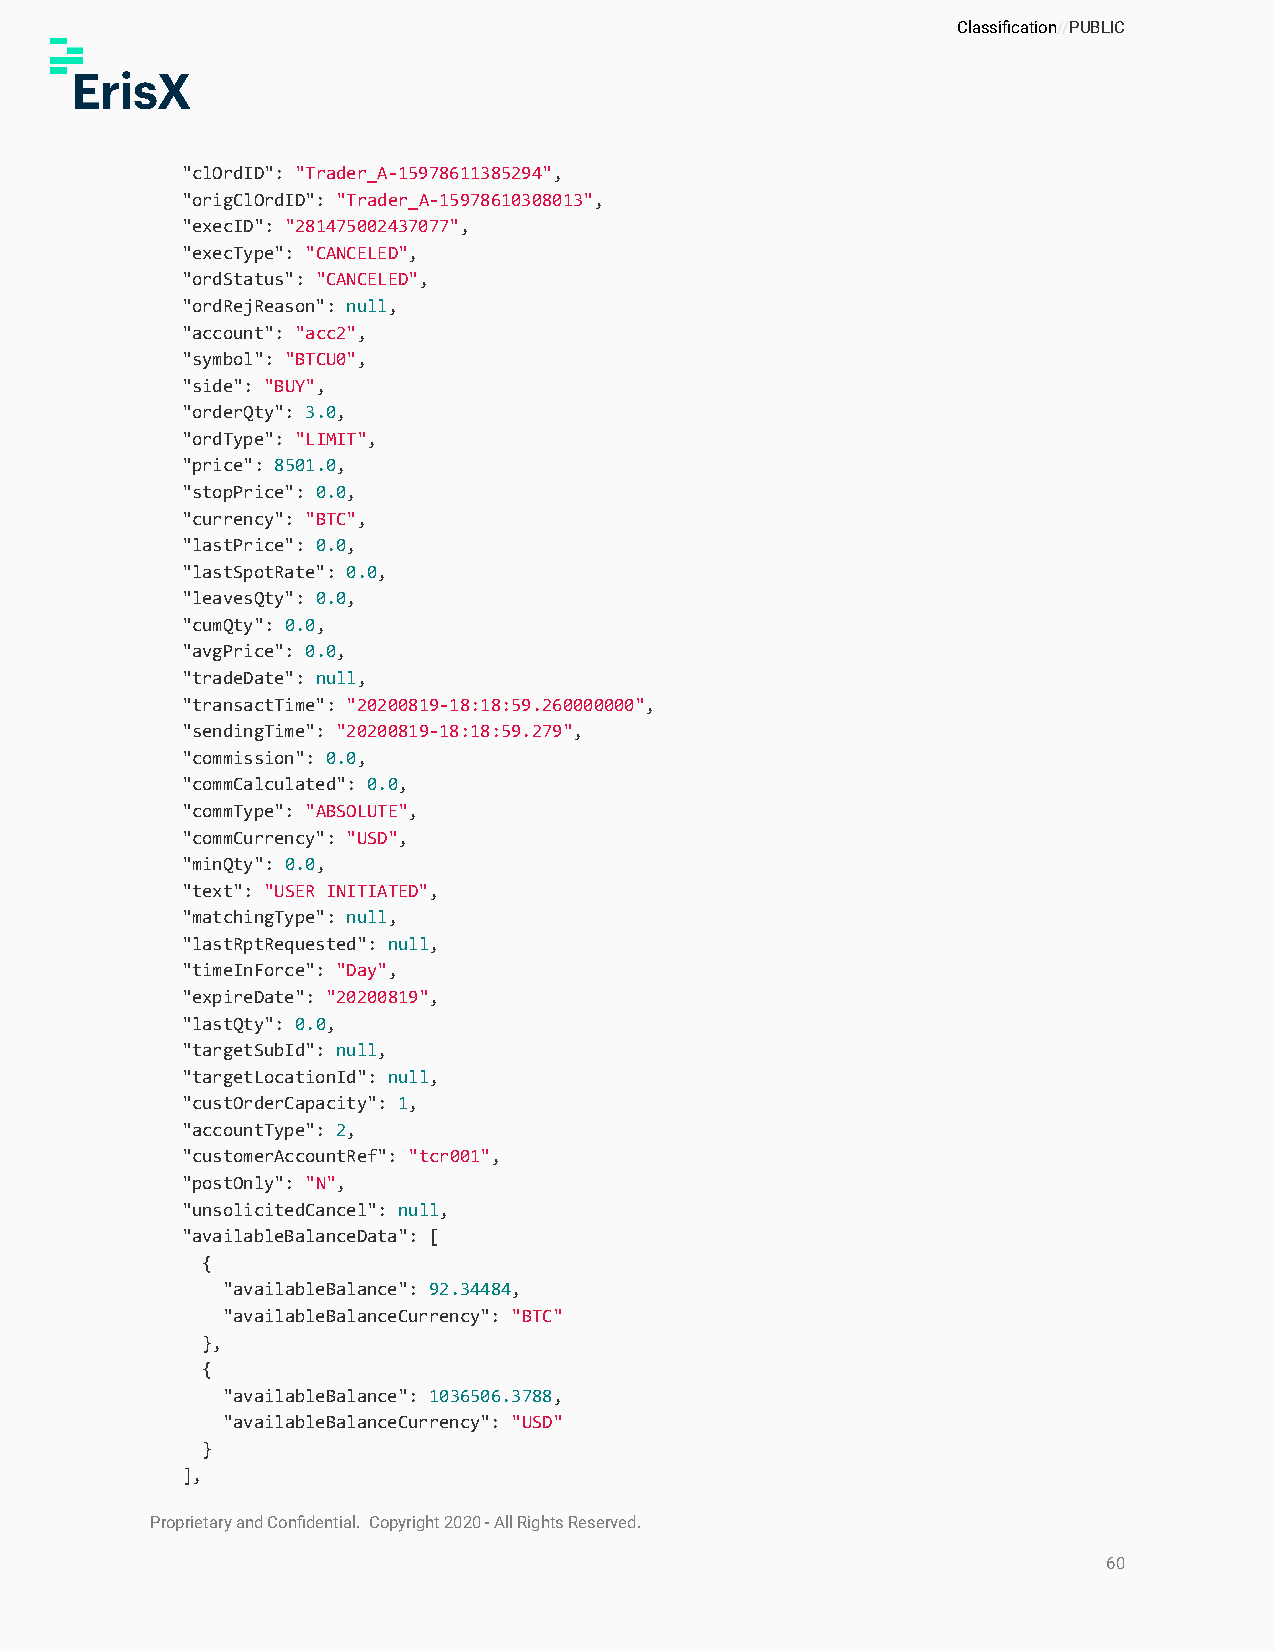
Classification//PUBLIC
 "clOrdID": "Trader_A-15978611385294",
 "origClOrdID": "Trader_A-15978610308013",
 "execID": "281475002437077",
 "execType": "CANCELED",
 "ordStatus": "CANCELED",
 "ordRejReason": null,
 "account": "acc2",
 "symbol": "BTCU0",
 "side": "BUY",
 "orderQty": 3.0,
 "ordType": "LIMIT",
 "price": 8501.0,
 "stopPrice": 0.0,
 "currency": "BTC",
 "lastPrice": 0.0,
 "lastSpotRate": 0.0,
 "leavesQty": 0.0,
 "cumQty": 0.0,
 "avgPrice": 0.0,
 "tradeDate": null,
 "transactTime": "20200819-18:18:59.260000000",
 "sendingTime": "20200819-18:18:59.279",
 "commission": 0.0,
 "commCalculated": 0.0,
 "commType": "ABSOLUTE",
 "commCurrency": "USD",
 "minQty": 0.0,
 "text": "USER INITIATED",
 "matchingType": null,
 "lastRptRequested": null,
 "timeInForce": "Day",
 "expireDate": "20200819",
 "lastQty": 0.0,
 "targetSubId": null,
 "targetLocationId": null,
 "custOrderCapacity": 1,
 "accountType": 2,
 "customerAccountRef": "tcr001",
 "postOnly": "N",
 "unsolicitedCancel": null,
 "availableBalanceData": [
 {
 "availableBalance": 92.34484,
 "availableBalanceCurrency": "BTC"
 },
 {
 "availableBalance": 1036506.3788,
 "availableBalanceCurrency": "USD"
 }
 ],
 Proprietary and Confidential. Copyright 2020 - All Rights Reserved.
 60